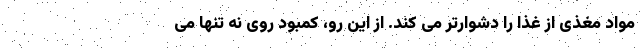
مواد مغذی از غذا را دشوارتر می کند. از این رو، کمبود روی نه تنها می